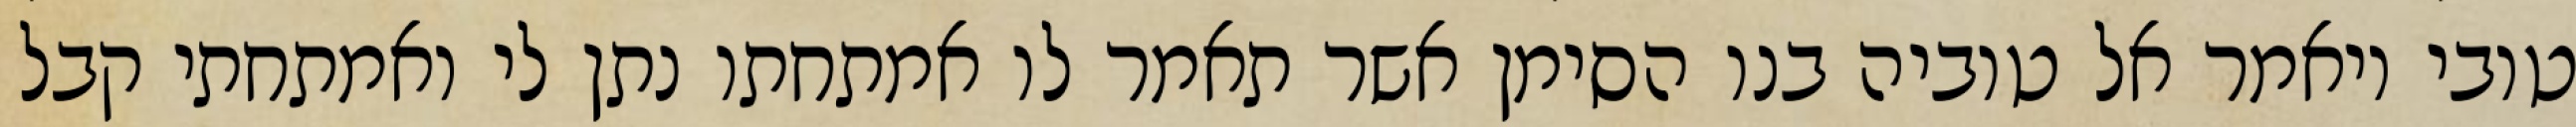
טובי ויאמר אל טוביה בנו הסימן אשר תאמר לו אמתחתו נתן לי ואמתחתי קבל